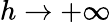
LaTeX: h\to+\infty